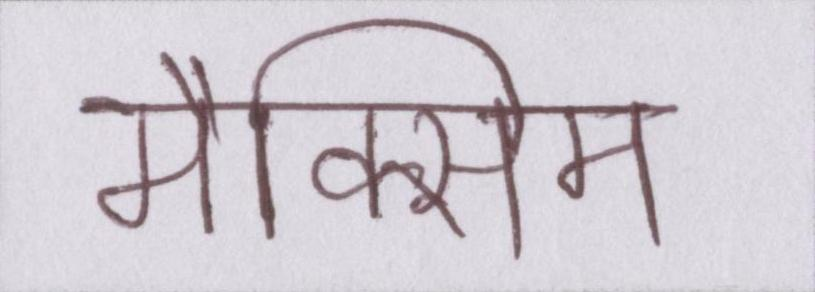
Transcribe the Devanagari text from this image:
मैक्सिम